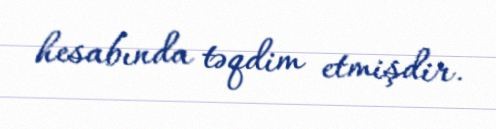
hesabında təqdim etmişdir.